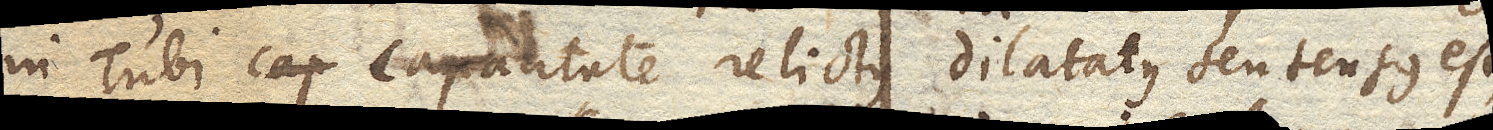
in Tubi capacitate relictus dilatatus seu tensus est,